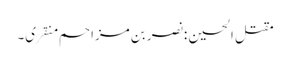
مقتل الحسین :نصر بن مزاحم منقری۔